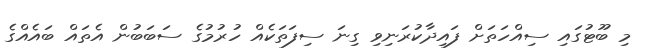
މި ބޫޓުގައި ސިއްހަތަށް ފައިދާކުރަނިވި ގިނަ ސިފަތަކެއް ހުރުމުގެ ސަބަބުން އެތައް ބައެއްގެ